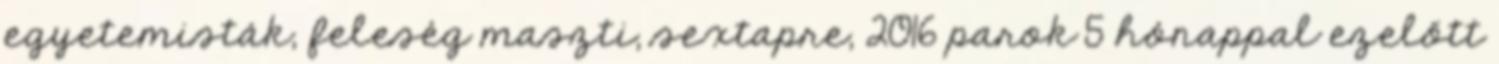
egyetemisták, feleség maszti, sextapre, 2016 parok 5 hónappal ezelőtt